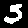
Label: 5